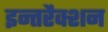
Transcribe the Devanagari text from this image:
इन्तरैक्शन